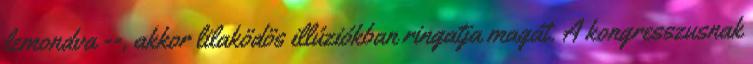
lemondva --, akkor lilaködös illúziókban ringatja magát. A kongresszusnak